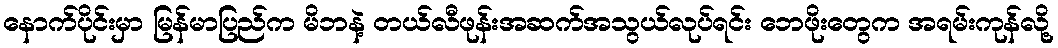
နောက်ပိုင်းမှာ မြန်မာပြည်က မိဘနဲ့ တယ်လီဖုန်းအဆက်အသွယ်လုပ်ရင်း ဘေဖိုးတွေက အရမ်းကုန်လို့